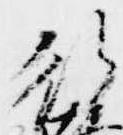
行